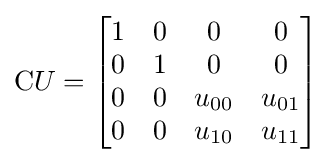
{\mbox{C}}U={\begin{bmatrix}1&0&0&0\\0&1&0&0\\0&0&u_{00}&u_{01}\\0&0&u_{10}&u_{11}\end{bmatrix}}